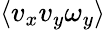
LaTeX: \left\langle v_{x}v_{y}\omega_{y}\right\rangle